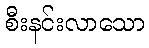
စီးနင်းလာသော